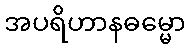
အပရိဟာနဓမ္မော